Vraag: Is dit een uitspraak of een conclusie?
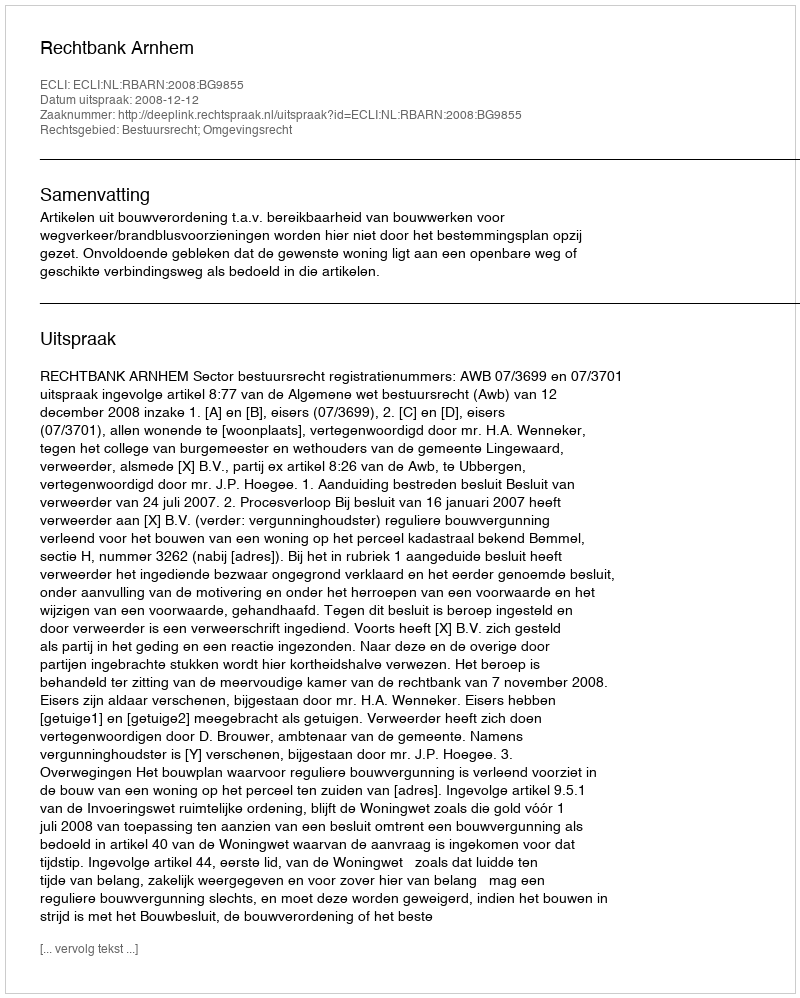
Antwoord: Uitspraak